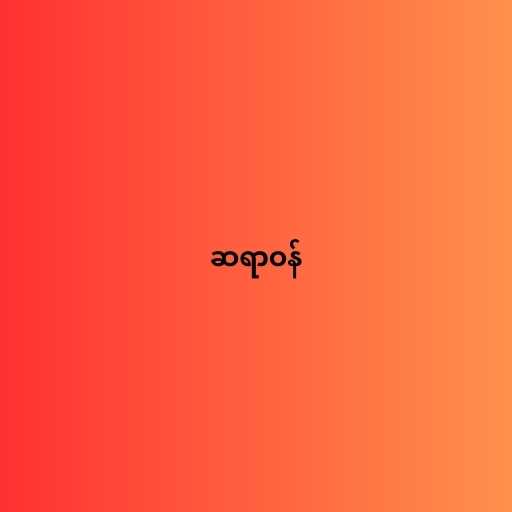
ဆရာဝန်